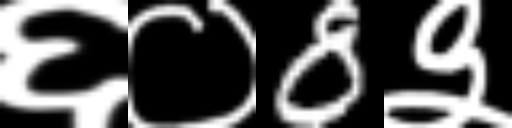
Text: ६०8३